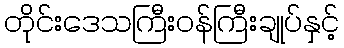
တိုင်းဒေသကြီးဝန်ကြီးချုပ်နှင့်